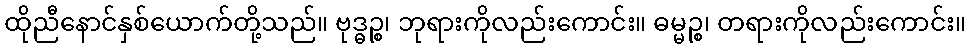
ထိုညီနောင်နှစ်ယောက်တို့သည်။ ဗုဒ္ဓဉ္စ၊ ဘုရားကိုလည်းကောင်း။ ဓမ္မဉ္စ၊ တရားကိုလည်းကောင်း။